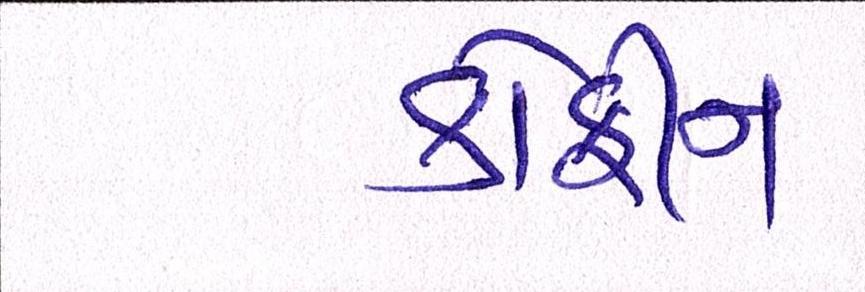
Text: કોફીન